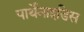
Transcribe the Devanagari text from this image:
पार्थेनाइडिस